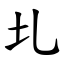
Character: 圠